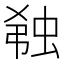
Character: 𬠆